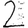
Digit: 2